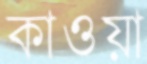
কাওয়া